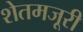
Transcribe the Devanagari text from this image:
शेतमजूरी